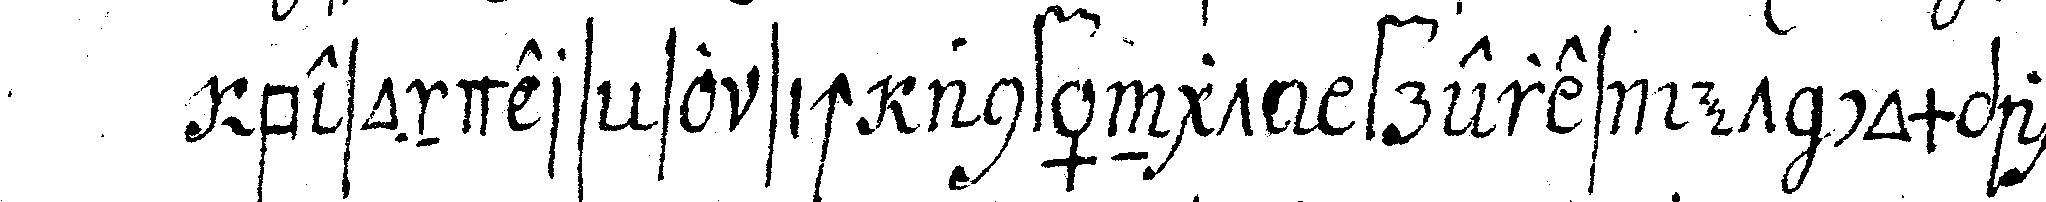
besonders so sich anfängt freres et compagnons